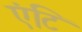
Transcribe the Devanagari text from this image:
एंटि